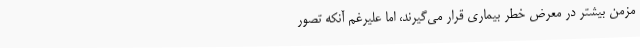
مزمن بیشتر در معرض خطر بیماری قرار می‌گیرند، اما علیرغم آنکه تصور